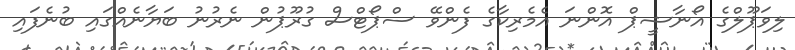
ލިވަޕޫލްގެ އޯނާޝީޕް އޮންނަ އެމެރިކާގެ ފެންވޭ ސްޕޯޓްސް ގުރޫޕުން ނެރުނު ބަޔާނެއްގައި ބުނެފައި